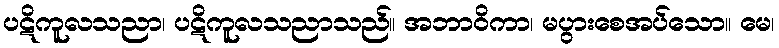
ပဋိကူလသညာ၊ ပဋိကူလသညာသည်။ အဘာဝိကာ၊ မပွားစေအပ်သော။ မေ၊